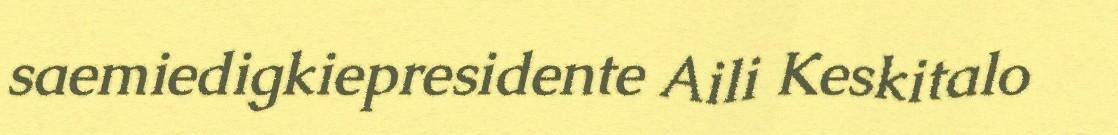
saemiedigkiepresidente Aili Keskitalo